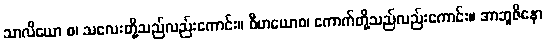
သာလိယော စ၊ သလေးတို့သည်လည်းကောင်း။ ဝီဟယောစ၊ ကောက်တို့သည်လည်းကောင်း။ အာဘူဇိနော